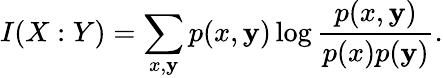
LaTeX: I(X:Y)=\sum_{x,\mathbf{y}}p(x,\mathbf{y})\log{\frac{{p(x,\mathbf{y})}}{{p(x)p(\mathbf{y})}}}.